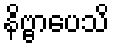
နိဗ္ဗာပေသိ